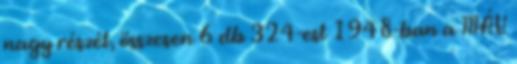
nagy részét, összesen 6 db 324-est 1948-ban a MÁV